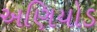
અણિયોડ